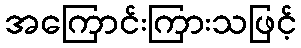
အကြောင်းကြားသဖြင့်